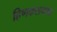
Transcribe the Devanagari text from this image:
हिणकसपणा